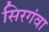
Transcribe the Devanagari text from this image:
सिरगंवा